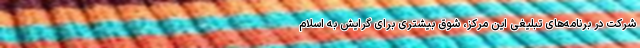
شرکت در برنامه‌های تبلیغی این مرکز، شوق بیشتری برای گرایش به اسلام